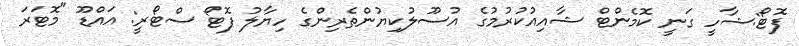
ފޮޓޯ:ޝާހީ ގަނީ ކޮމެންޓް ޝާއިއުކުރުމުގެ އުސޫލުކިޔުންތެރިންގެ ހިޔާލު ފޮޓޯ ސްޓޯރީ: އައްޑޫ "މޮޓަރަ